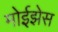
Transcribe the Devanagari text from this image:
मोईझेस